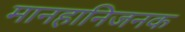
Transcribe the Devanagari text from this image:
मानहानिजनक